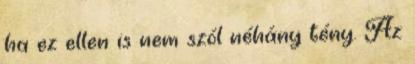
ha ez ellen is nem szól néhány tény. Az